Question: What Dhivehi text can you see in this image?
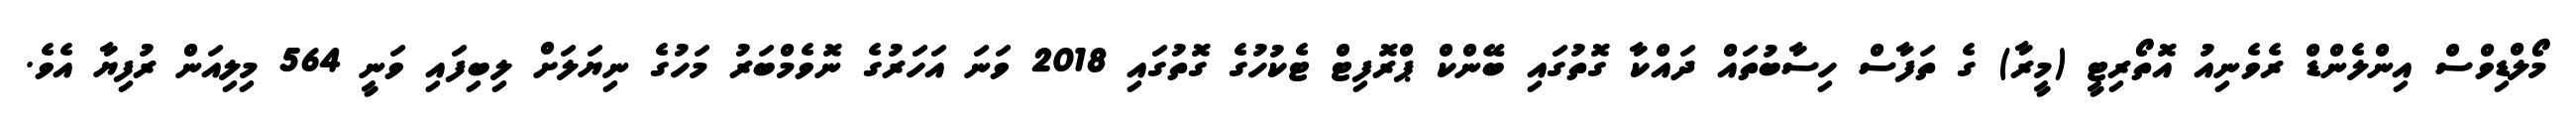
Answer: މޯލްޑިވްސް އިންލެންޑް ރެވެނިއު އޮތޯރިޓީ (މީރާ) ގެ ތަފާސް ހިސާބުތައް ދައްކާ ގޮތުގައި ބޭންކް ޕްރޮފިޓް ޓެކުހުގެ ގޮތުގައި 2018 ވަނަ އަހަރުގެ ނޮވެމްބަރު މަހުގެ ނިޔަލަށް ލިބިފައި ވަނީ 564 މިލިއަން ރުފިޔާ އެވެ.